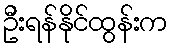
ဦးရန်နိုင်ထွန်းက